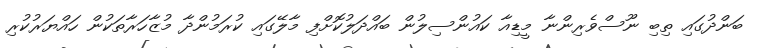
ބަންދުގައި ތިބި ނޫސްވެރިންނާ މީޑިއާ ކައުންސިލުން ބައްދަލުކޮށްފި މާލޭގައި ކުރަމުންދާ މުޒާހަރާތަކުން ހައްޔަރުކުރި